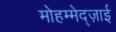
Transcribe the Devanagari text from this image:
मोहम्मेद्ज़ाई